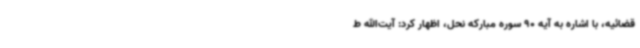
قضائیه، با اشاره به آیه 90 سوره مبارکه نحل، اظهار کرد: آیت‌الله ط